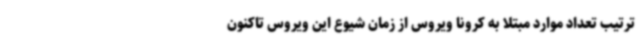
ترتیب تعداد موارد مبتلا به کرونا ویروس از زمان شیوع این ویروس تاکنون